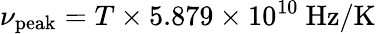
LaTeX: \nu_{\mathrm{peak}}=T\times 5.879\times 10^{10}\ \mathrm{Hz}/\mathrm{K}